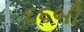
૬૬બી